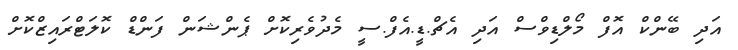
އަދި ބޭންކް އޮފް މޯލްޑިވްސް އަދި އެޗް.ޑީ.އެފް.ސީ މެދުވެރިކޮށް ޕެންޝަން ފަންޑް ކޮލަޓްރައިޒްކޮށް